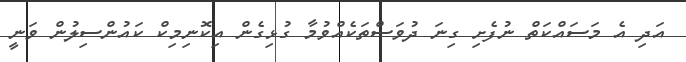
އަދި އެ މަސައްކަތް ނުފެށި ގިނަ ދުވަސްތަކެއްވުމާ ގުޅިގެން އިކޮނިމިކް ކައުންސިލުން ވަނީ